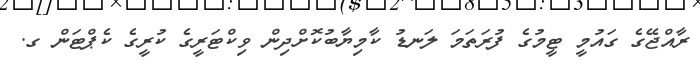
ރާއްޖޭގެ ގައުމީ ޓީމުގެ ފުރަތަމަ ލަނޑު ކާމިޔާބުކޮށްދިން ވިކްޓަރީގެ ކުރީގެ ކެޕްޓަން ގ.